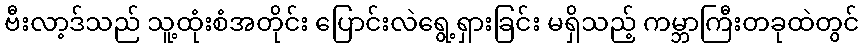
ဗီးလာ့ဒ်သည် သူ့ထုံးစံအတိုင်း ပြောင်းလဲရွေ့ရှားခြင်း မရှိသည့် ကမ္ဘာကြီးတခုထဲတွင်